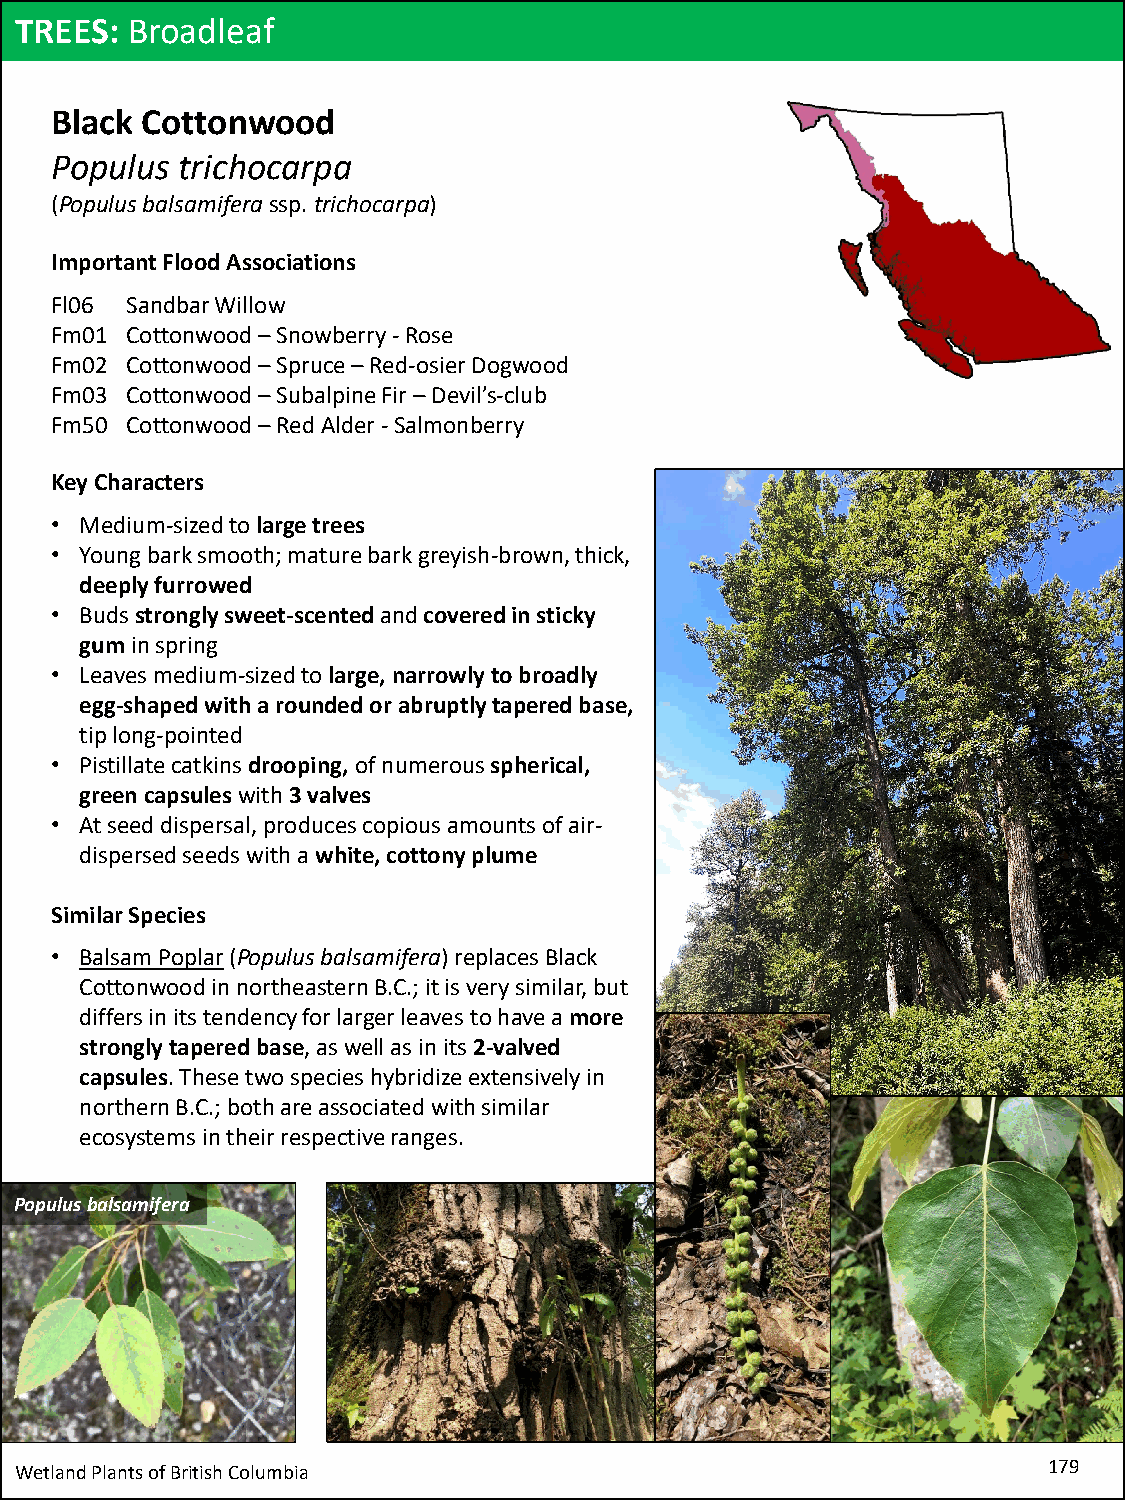
TREES: Broadleaf
 Black Cottonwood
 Populus  trichocarpa
 (Populusbalsamiferassp. trichocarpa)
 Important Flood Associations
 Fl06 Sandbar Willow
 Fm01 Cottonwood –Snowberry -Rose
 Fm02 Cottonwood –Spruce –Red-osier Dogwood
 Fm03 Cottonwood –Subalpine Fir –Devil’s-club
 Fm50 Cottonwood –Red Alder -Salmonberry
 Key Characters
 • Medium-sized to large trees
 • Young bark smooth; mature bark greyish-brown, thick,
 deeply furrowed
 • Buds strongly sweet-scented andcovered in sticky
 gum in spring
 • Leaves medium-sized to large, narrowly to broadly
 egg-shaped with a rounded or abruptly tapered base,
 tip long-pointed
 • Pistillate catkins drooping, of numerous spherical,
 green capsuleswith 3 valves
 • At seed dispersal, produces copious amounts of air-
 dispersed seeds with a white, cottony plume
 Similar Species
 • Balsam Poplar(Populusbalsamifera) replaces Black
 Cottonwood in northeastern B.C.; it is very similar, but
 differs in its tendency for larger leaves to have a more
 strongly tapered base, as well as in its 2-valved
 capsules. These two species hybridize extensively in
 northern B.C.; both are associated with similar
 ecosystems in their respective ranges.
 Populusbalsamifera
 Wetland Plants of British Columbia                                  179